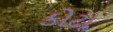
કોટાૢ